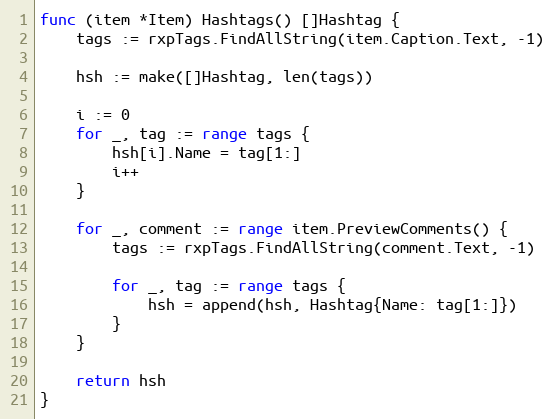
Language: Go
func (item *Item) Hashtags() []Hashtag {
	tags := rxpTags.FindAllString(item.Caption.Text, -1)

	hsh := make([]Hashtag, len(tags))

	i := 0
	for _, tag := range tags {
		hsh[i].Name = tag[1:]
		i++
	}

	for _, comment := range item.PreviewComments() {
		tags := rxpTags.FindAllString(comment.Text, -1)

		for _, tag := range tags {
			hsh = append(hsh, Hashtag{Name: tag[1:]})
		}
	}

	return hsh
}